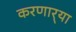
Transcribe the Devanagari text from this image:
करणार्‍या